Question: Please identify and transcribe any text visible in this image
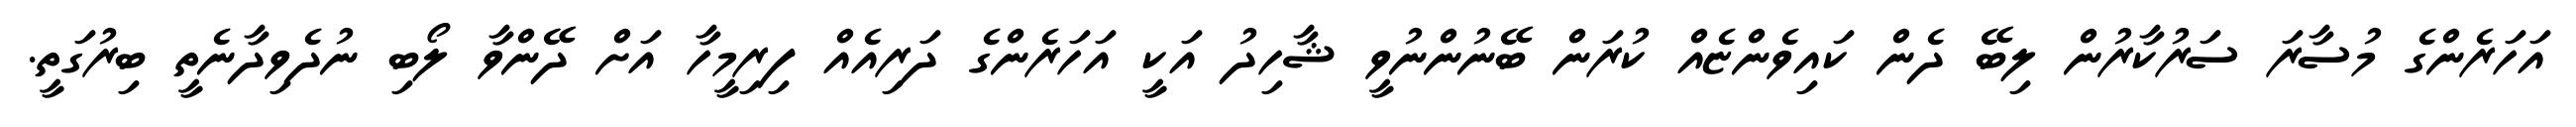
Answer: އަހަރެންގެ މުސާރަ ސަރުކާރުން ލިބޭ ދެން ކައިވެންޏެއް ކުރަން ބޭނުންނުވީ ޝާހިދު އަކީ އަހަރެންގެ ދަރިއެއް ފިރިމީހާ އަށް ދޭންވާ ލޯބި ނުދެވިދާނެތީ ބިރުގަތީ.